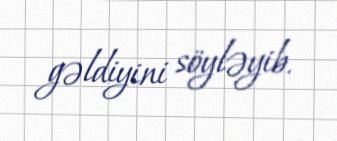
gəldiyini söyləyib.